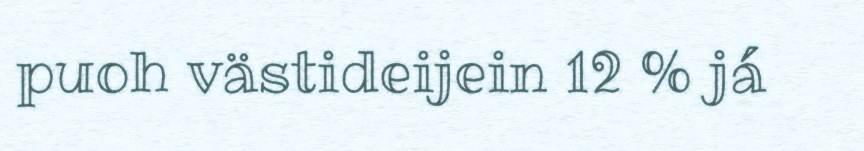
puoh västideijein 12 % já